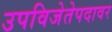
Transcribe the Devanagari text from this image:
उपविजेतेपदावर